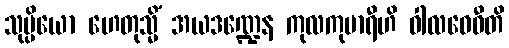
သုပ္ပိယော ဟေတုသ္မိံ အယဒဏ္ဍေန ကုလကုမာရီဟိ ဝါလဝေဓီတိ